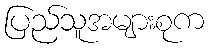
ပြည်သူအများစုက